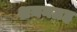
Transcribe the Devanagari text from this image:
शयनग्रह